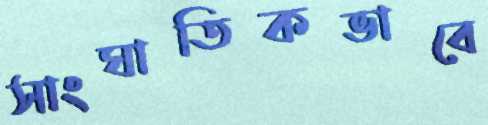
সাংঘাতিকভাবে